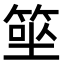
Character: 𥮭